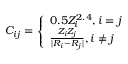
\boldsymbol { C } _ { i j } = \left\{ \begin{array} { l l } { 0 . 5 Z _ { i } ^ { 2 . 4 } , i = j } \\ { \frac { Z _ { i } Z _ { j } } { \lvert \boldsymbol { R _ { i } } - \boldsymbol { R _ { j } } \rvert } , i \neq j } \end{array} \right.